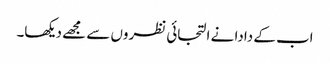
اب کے دادا نے التجائی نظروں سے مجھے دیکھا۔